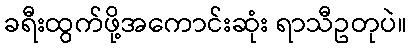
ခရီးထွက်ဖို့အကောင်းဆုံး ရာသီဥတုပဲ။